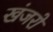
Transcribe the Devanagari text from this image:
खंजरों